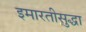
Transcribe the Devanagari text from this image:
इमारतीसुद्धा